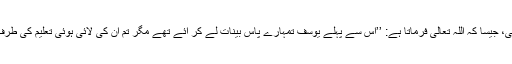
وہ بادشاہ اور اس کی قوم کافر تھی، جیسا کہ اللہ تعالیٰ فرماتا ہے: ’’اس سے پہلے یوسف تمہارے پاس بینات لے کر آئے تھے مگر تم ان کی لائی ہوئی تعلیم کی طرف سے شک ہی میں پڑے رہے‘‘۔